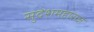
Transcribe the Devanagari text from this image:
सुदेशमहाराज